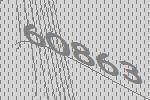
60863